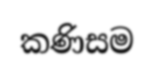
කණිසම